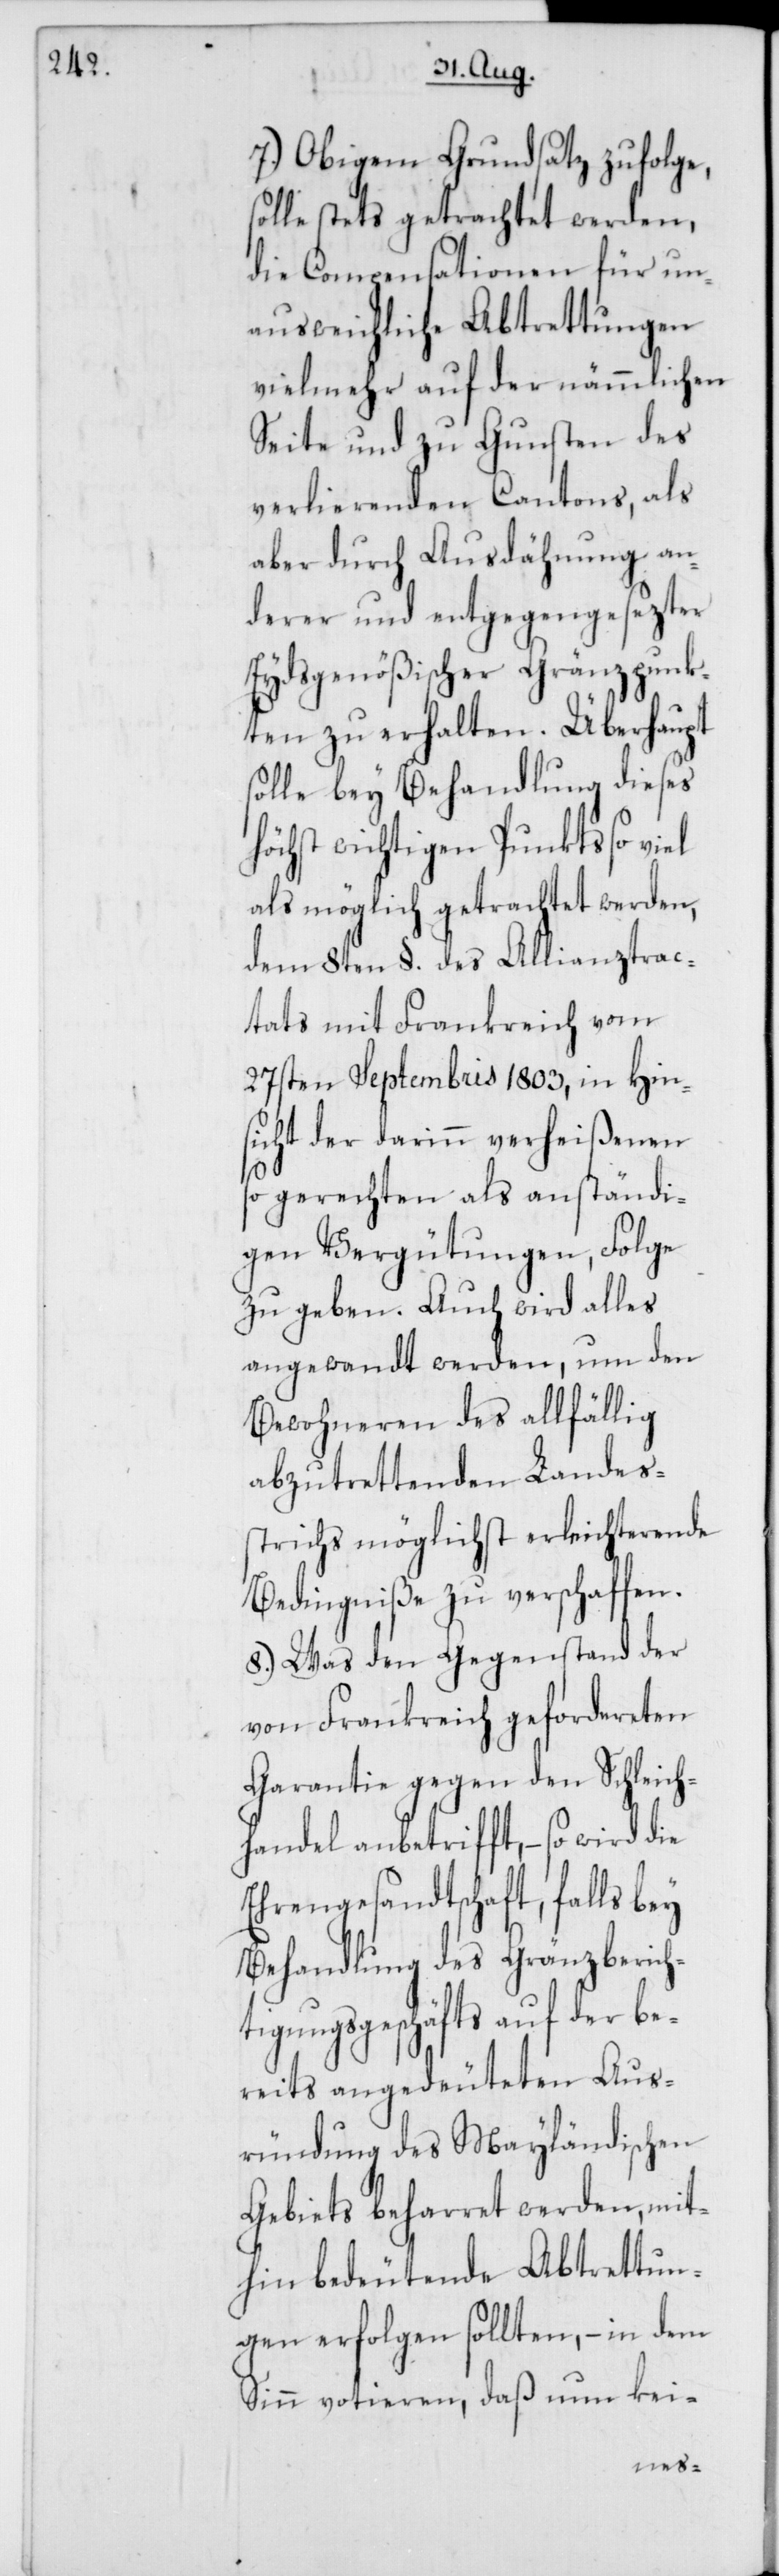
7.) Obigem Grundsatz zufolge,
stets getrachtet werden,
die Compensationen für un¬
ausweichliche Abtrettungen
vielmehr auf der nämmlichen
Seite und zu Gunsten des
verlierenden Cantons, als
aber durch Ausdähnung an¬
derer und entgegengesezter
Eydsgenößischer Gränzpunk¬
ten zu erhalten. Überhaupt
solle bey Behandlung dieses
höchst wichtigen Punkts so viel
als möglich getrachtet werden,
dem 8ten §. des Allianztrac¬
tats mit Frankreich vom
27sten Septembris 1803, in Hin¬
sicht der darinn verheißenen
so gerechten als anständi¬
gen Vergütungen, Folge
zu geben. Auch wird alles
angewandt werden, um den
Bewohneren des allfällig
abzutrettenden Landes¬
strichs möglichst erleichterende
Bedingniße zu verschaffen.
8.) Was den Gegenstand der
von Frankreich gefordereten
Garantie gegen den Schleich¬
handel anbetrifft, – so wird die
Ehrengesandtschaft, falls bey
Behandlung des Gränzberich¬
tigungsgeschäfts auf der be¬
reits angedeuteten Aus¬
ründung des Mayländischen
Gebiets beharret werden, mit¬
hin bedeutende Abtrettun¬
gen erfolgen sollten, – in dem
Sinn votieren, daß nun kei-